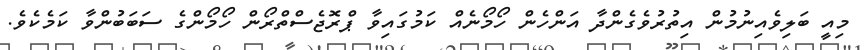
މިއީ ބަލިވެއިނުމުން އިތުރުވެގެންދާ އަންހެން ހޯމޯނެއް ކަމުގައިވާ ޕްރޮޖެސްތްރޯން ހޯމޯންގެ ސަބަބުންވާ ކަމެކެވެ.